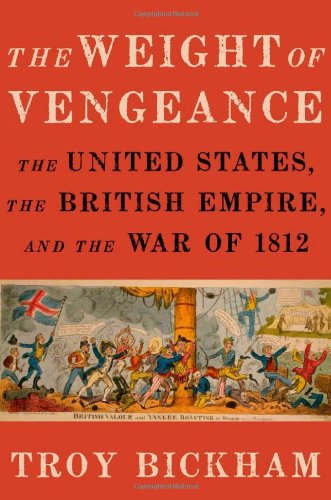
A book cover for The Weight of Vengeance: The United States, the British Empire, and the War of 1812; Troy Bickham; History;